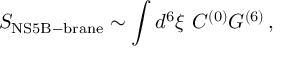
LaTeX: S _ { \mathrm { N S 5 B - b r a n e } } \sim \int d ^ { 6 } \xi \ C ^ { ( 0 ) } { \cal G } ^ { ( 6 ) } \, ,